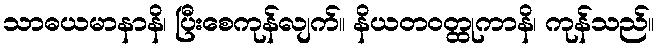
သာဓယမာနာနိ၊ ပြီးစေကုန်လျက်။ နိယတဝတ္ထုကာနိ၊ ကုန်သည်။